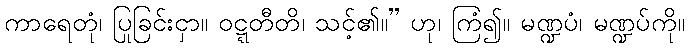
ကာရေတုံ၊ ပြုခြင်းငှာ။ ဝဋ္ဋတီတိ၊ သင့်၏။” ဟု၊ ကြံ၍။ မဏ္ဍပံ၊ မဏ္ဍပ်ကို။